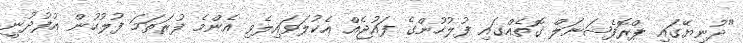
"ދުނިޔޭގައި ޕްރޮފެޝަނަލް ގޮތެއްގައި ފުލުހުންގެ ފައުޖެއް އެކުލަވައިލެވި އެންމެ ފުރަތަމަ ފުލުހުން އުފުދުނީ